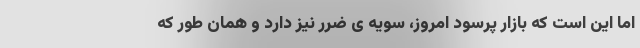
اما این است که بازار پرسود امروز، سویه ی ضرر نیز دارد و همان طور که